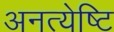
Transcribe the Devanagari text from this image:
अनत्येष्टि